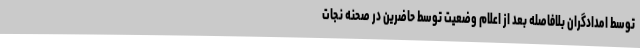
توسط امدادگران بلافاصله بعد از اعلام وضعیت توسط حاضرین در صحنه نجات